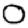
Digit: 0